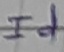
Text: Id